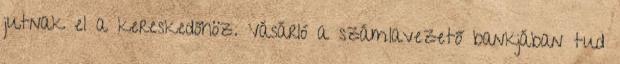
jutnak el a kereskedőhöz. Vásárló a számlavezető bankjában tud